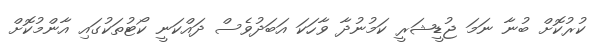
ކުރުކޮށް ބުނާ ނަމަ ޖުޑީޝަރީ ކަމުނުދާ ވާހަކަ އަބަދުވެސް ދައްކަނީ ކޯޓުތަކުގައި އާންމުކޮށް